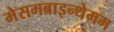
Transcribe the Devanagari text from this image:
मेसमब्राइन्थेमम